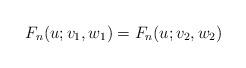
LaTeX: \begin{align*}F_n(u;v_1,w_1)=F_n(u;v_2,w_2)\end{align*}